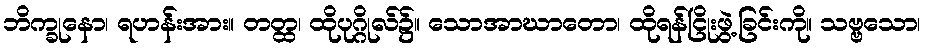
ဘိက္ခုနော၊ ရဟန်းအား။ တတ္ထ၊ ထိုပုဂ္ဂိုလ်၌။ သောအာဃာတော၊ ထိုရန်ငြိုးဖွဲ့ခြင်းကို။ သဗ္ဗသော၊